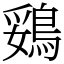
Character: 鵎